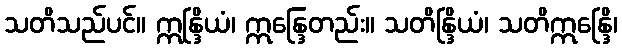
သတိသည်ပင်။ ဣန္ဒြိယံ၊ ဣန္ဒြေတည်း။ သတိန္ဒြိယံ၊ သတိဣန္ဒြေိ၊